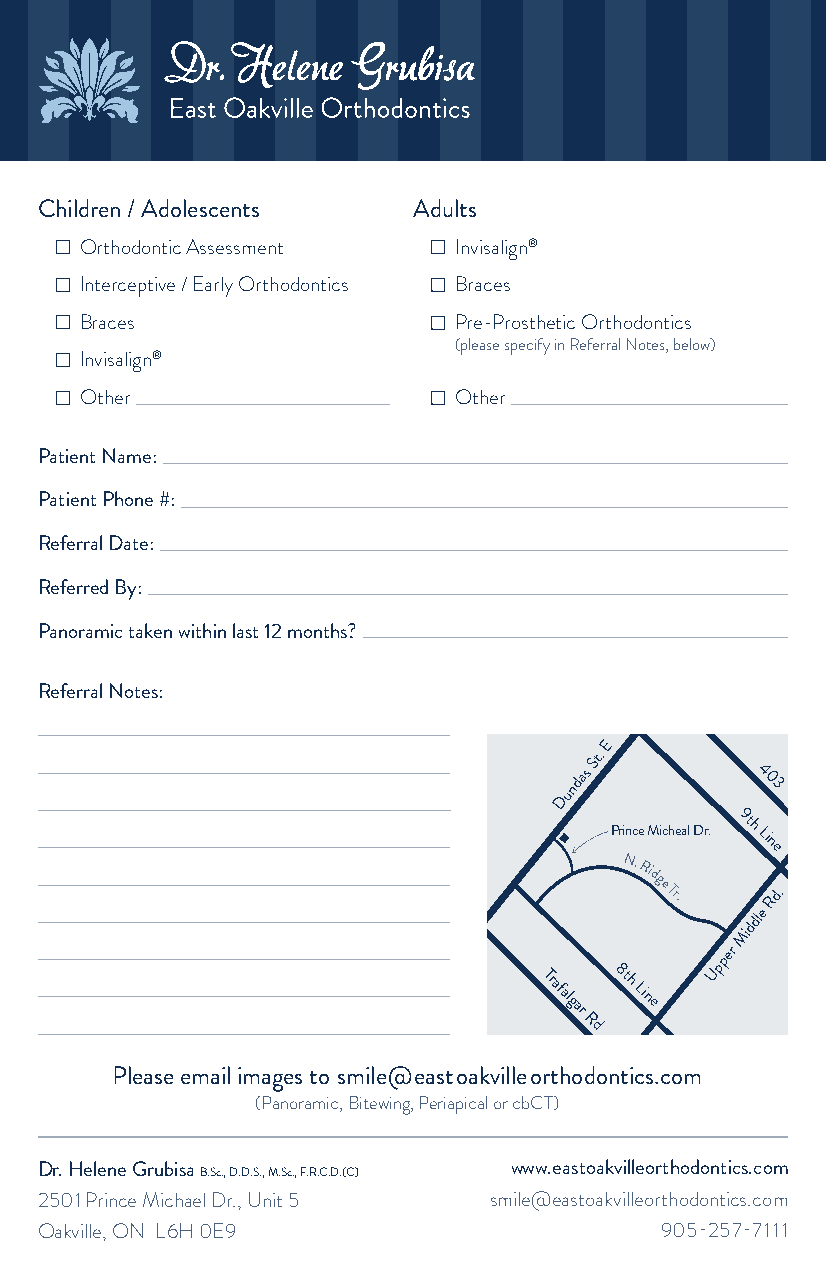
Children / Adolescents   Adults
 Orthodontic Assessment   Invisalign®
 Interceptive / Early Orthodontics Braces
 Braces                   Pre-Prosthetic Orthodontics
 (please specify in Referral Notes, below)
 Invisalign®
 Other                    Other
 Patient Name:
 Patient Phone #:
 Referral Date:
 Referred By:
 Panoramic taken within last 12 months?
 Referral Notes:
 E
 St.
 ndas        4
 03
 Du
 Prince Micheal Dr.
 9th
 Line
 N.
 Ridge
 Tr.    Rd.
 Middle
 Trafalgar 8th
 Line
 Upper
 Rd
 Please email images to smile@eastoakvilleorthodontics.com
 (Panoramic, Bitewing, Periapical or cbCT)
 Dr. Helene Grubisa B.Sc., D.D.S., M.Sc., F.R.C.D.(C) www.eastoakvilleorthodontics.com
 2501 Prince Michael Dr., Unit 5 smile@eastoakvilleorthodontics.com
 Oakville, ON L6H 0E9                      905-257-7111